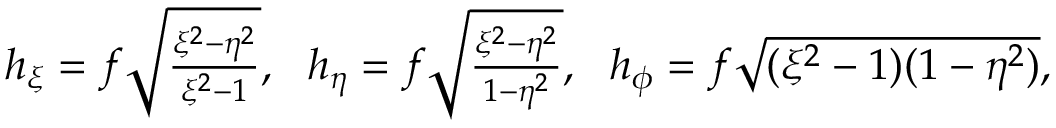
\begin{array} { r } { h _ { \xi } = f \sqrt { \frac { \xi ^ { 2 } - \eta ^ { 2 } } { \xi ^ { 2 } - 1 } } , ~ ~ h _ { \eta } = f \sqrt { \frac { \xi ^ { 2 } - \eta ^ { 2 } } { 1 - \eta ^ { 2 } } } , \ ~ h _ { \phi } = f \sqrt { ( \xi ^ { 2 } - 1 ) ( 1 - \eta ^ { 2 } ) } , } \end{array}